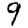
Digit: 9